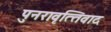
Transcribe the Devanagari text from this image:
पुनरावृत्‍तिवाद